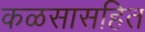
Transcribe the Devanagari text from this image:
कळसासहित